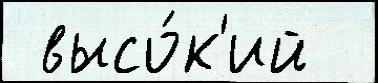
 высо́к'ий